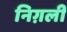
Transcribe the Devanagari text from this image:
निग़ली